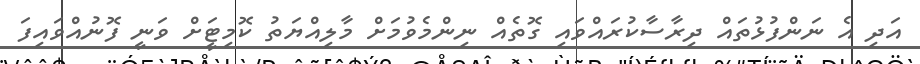
އަދި އެ ނަންފުޅުތައް ދިރާސާކުރައްވައި ގޮތެއް ނިންމެވުމަށް މާލިއްޔަތު ކޮމިޓީަށް ވަނީ ފޮނުއްވައިފަ